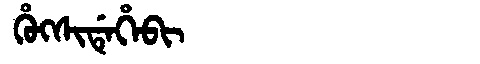
Manchu: ᡥᡠᡴᠰᡳᡩᡝᡥᡝᠪᡳ
Romanization: HUKSIDEHEBI